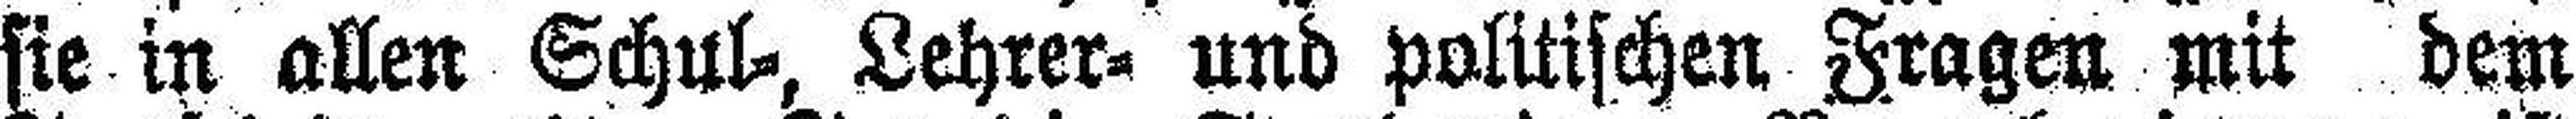
sie in allen Schul=, Lehrer= und politischen Fragen mit dem